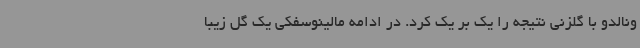
ونالدو با گلزنی نتیجه را یک بر یک کرد. در ادامه مالینوسفکی یک گل زیبا